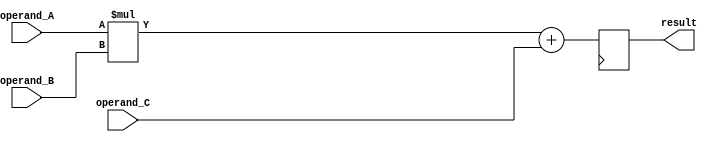
module fused_mul_add_fp_unit (
    input wire [31:0] operand_A,
    input wire [31:0] operand_B,
    input wire [31:0] operand_C,
    output reg [31:0] result
);

// floating-point multiplication
wire [31:0] mul_result;
assign mul_result = operand_A * operand_B;

// floating-point addition
always @(posedge clk) begin
    result <= mul_result + operand_C;
end

endmodule